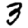
Digit: 3